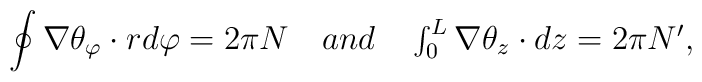
\oint \nabla \theta_{\varphi} \cdot rd\varphi = 2\pi N \quad \textstyle{and} \quad \int_0^L\nabla \theta_z \cdot dz = 2\pi N',